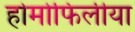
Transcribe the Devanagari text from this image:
होमोफिलीया